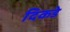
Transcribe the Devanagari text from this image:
दिकडे